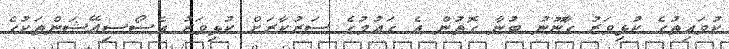
ކުވައިތުގެ ކުޅިވަރު ގާނޫނު ބުނާ ގޮތުން އެ ގައުމުގެ ސަރުކާރަށް ކުޅިވަރު އެސޯސިއޭޝަންތަކުގެެ